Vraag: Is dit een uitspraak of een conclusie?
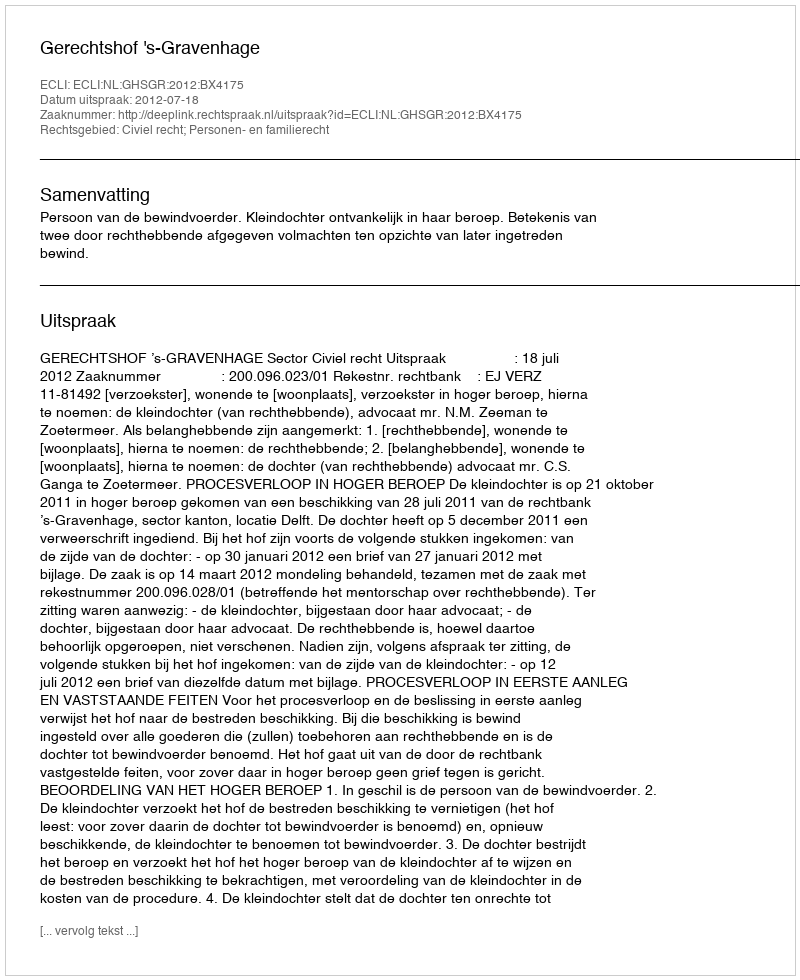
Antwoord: Uitspraak